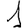
Digit: 1